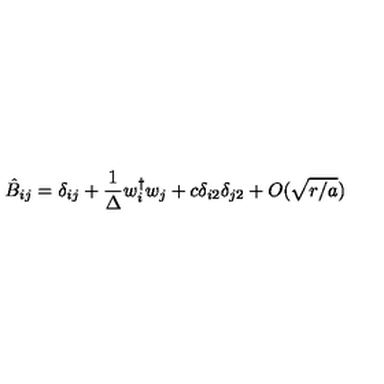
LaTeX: \hat { B } _ { i j } = \delta _ { i j } + { \frac { 1 } { \Delta } } w _ { i } ^ { \dagger } w _ { j } + c \delta _ { i 2 } \delta _ { j 2 } + O ( \sqrt { r / a } )